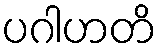
ပဂါဟတိ